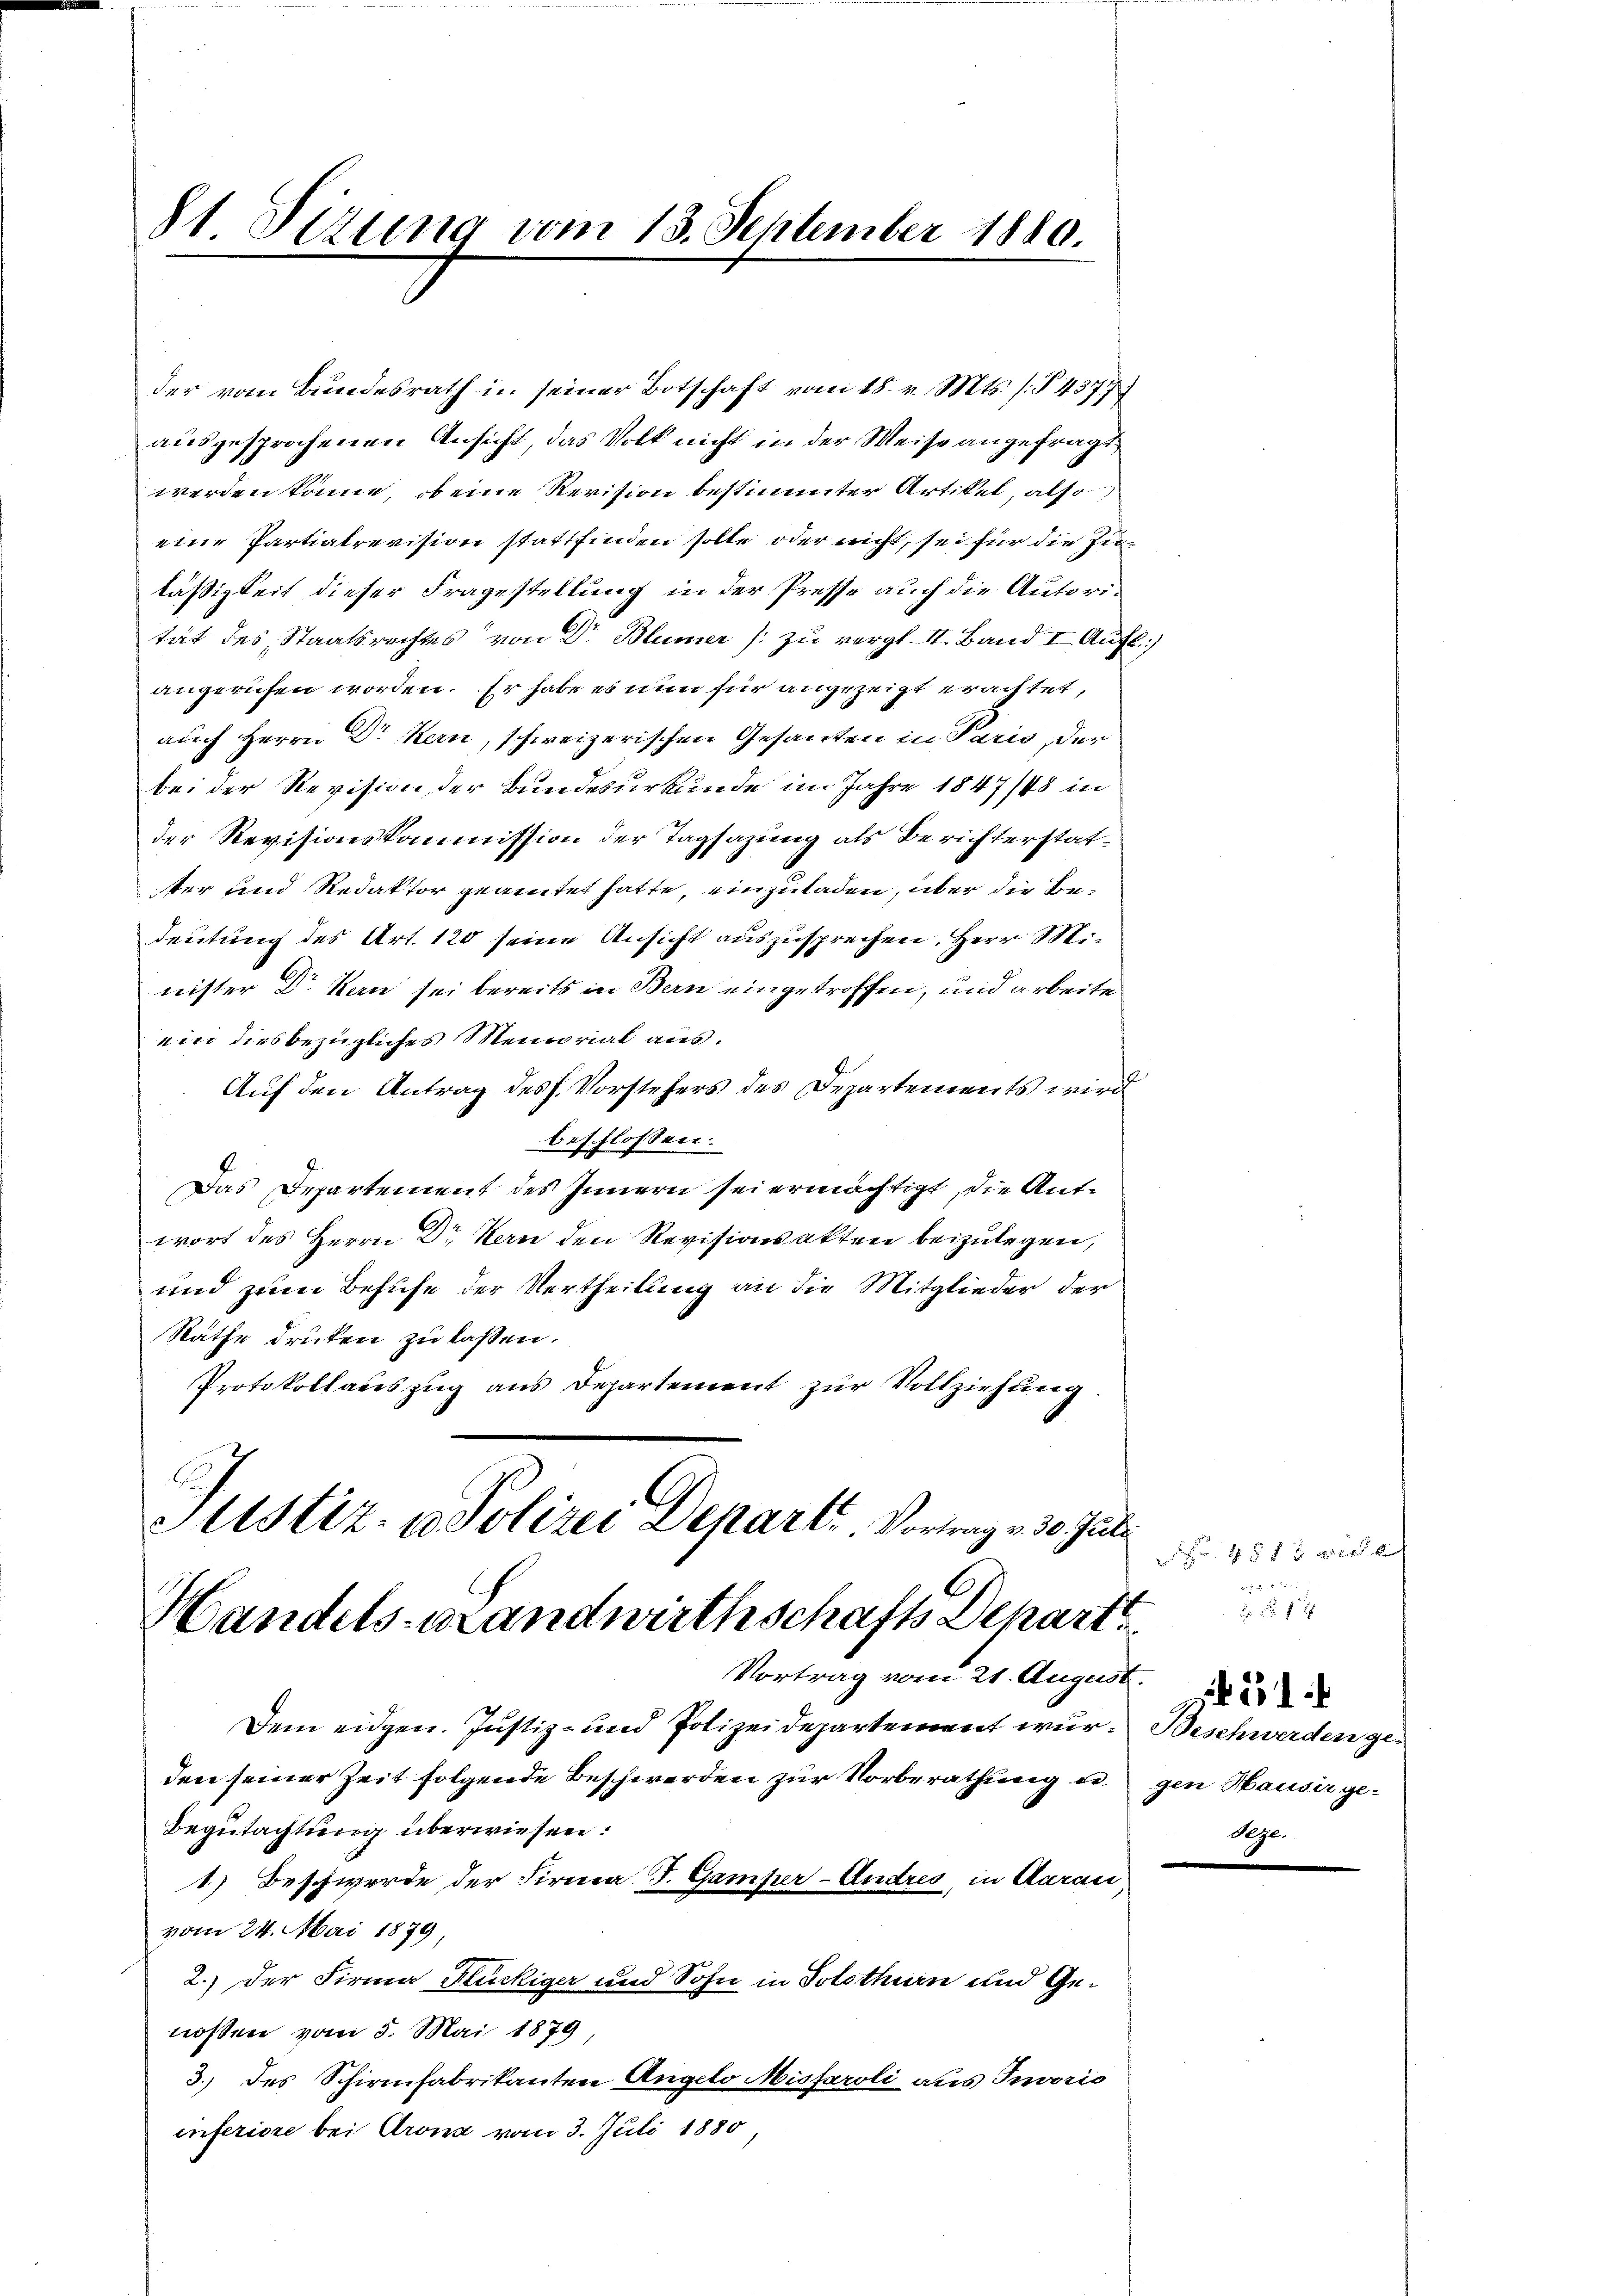
81 Sizung vom 13. September 1880.

der vom Bundesrath in seiner Botschaft vom 18. v. Mts. s. § 4577
ausgesprochenen Ansicht, das Volk nicht in der Weise angefragt
werden könne, ob eine Revision bestimmter Artikel, also
eine Partialrevision stattfinden solle oder nicht, sei für die Zuläßigkeit dieser Fragestellung in der Presse auch die Autoritat des Staatsrechtes von Dr Blümer (zu vergl. 11. Band I. Aufl.)
angerufen worden. Er habe es nun für angezeigt erachtet,
auch Herrn Dr Kern, schweizerischen Gesanten in Paris, der
bei der Revision der Bundesurkunde im Jahre 1847/48 in
der Revisionskommission der Tagsazung als Berichterstatter und Redaktor gedeutet hatte, einzuladen, über die Bedeutung des Art. 120 seine Ansicht auszusprechen. Herr Minister Dr Kern sei bereits in Bern eingetroffen, und arbeite
ein diesbezügliches Memorial aus.
Auf den Antrag des h. Vorstehers des Departements wird
beschlossen:
Das Departement des Innern sei ermächtigt, die Antwort des Herrn Dr Kern den Revisionsakten beizulegen,
und zum Behufe der Vertheilung an die Mitglieder der
Rathe drucken zu lassen.
Protokollauszug aus Departement zŭr Vollziehung.
Justiz- & Polizei Departi. Vortrag v. 30. Juli

Handels-Brandwirthschafts Depart
Vortrag vom 21. August. Der

Dem eidgen. Justiz- und Polizeidepartement wur- Beschwerden geden seiner Zeit folgende Beschwerden zur Vorberathung ei
Begutachtung überwiesen:
1) Beschwerde der Firma J. Gamper-Andres, in Aarau
vom 24. Mai 1879
2.) Der Firma Flückiger und Sohn in Solothurn und Genossen vom 5. Mai 1879,
3.) des Schirmfabrikanten Angelo Missaroli aus Invoris
inferiore bei Krona vom 3. Juli 1880

Nr. 4813 wiede
 er

gen Hauser ge-
Dege.